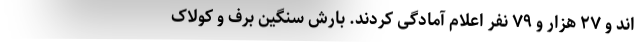
اند و ۲۷ هزار و ۷۹ نفر اعلام آمادگی کردند. بارش سنگین برف و کولاک